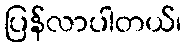
ပြန်လာပါတယ်၊